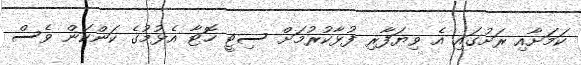
ކަމަށާއި ރަށުގައި އެ ވިޔަފާރި ފުޅާކުރުމަށް ސިޓީ ހޮޓާ އެޅުމުގެ ކަންކަން ވެސް